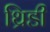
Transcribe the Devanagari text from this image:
थ्रिडी